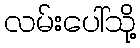
လမ်းပေါ်သို့